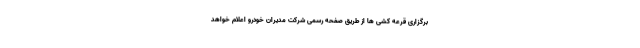
برگزاری قرعه کشی ها از طریق صفحه رسمی شرکت مدیران خودرو اعلام خواهد